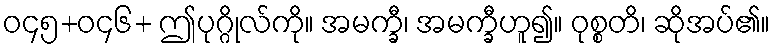
ဝ၄၅+ဝ၄၆+ ဤပုဂ္ဂိုလ်ကို။ အမက္ခီ၊ အမက္ခီဟူ၍။ ဝုစ္စတိ၊ ဆိုအပ်၏။